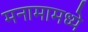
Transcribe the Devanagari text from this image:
मनामामध्ये